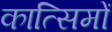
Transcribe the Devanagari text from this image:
कात्सिमों